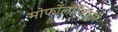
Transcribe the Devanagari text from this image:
मोर्फोलौजिकल